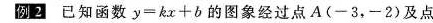
例 2已知函数$$y = k x + b$$ 的图象经过点A(-3，-2)及点